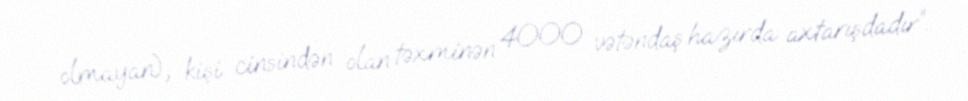
olmayan), kişi cinsindən olan təxminən 4000 vətəndaş hazırda axtarışdadır”.